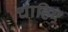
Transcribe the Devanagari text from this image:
चाहिए